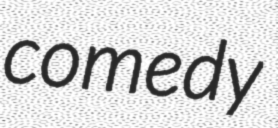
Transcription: comedy